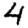
Digit: 4